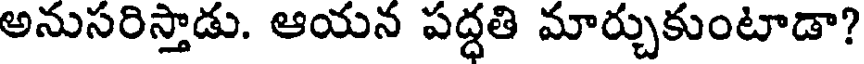
అనుసరిస్తాడు. ఆయన పద్ధతి మార్చుకుంటాడా?